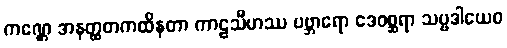
ကဏ္ဌေ အနတ္ထတကထိနတာ ကာဠသီဟဿ ပဗ္ဘာရော ဒေဝစ္ဆရာ သဗ္ဗဒါယေဝ